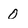
Character: 0